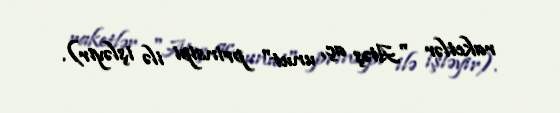
raketlər "Atəş aç, unut" prinsipi ilə işləyir).